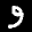
Label: 9